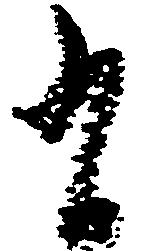
有